Lunatic asylums Madras 1892-1911 - 1892-1911
Year: 1892
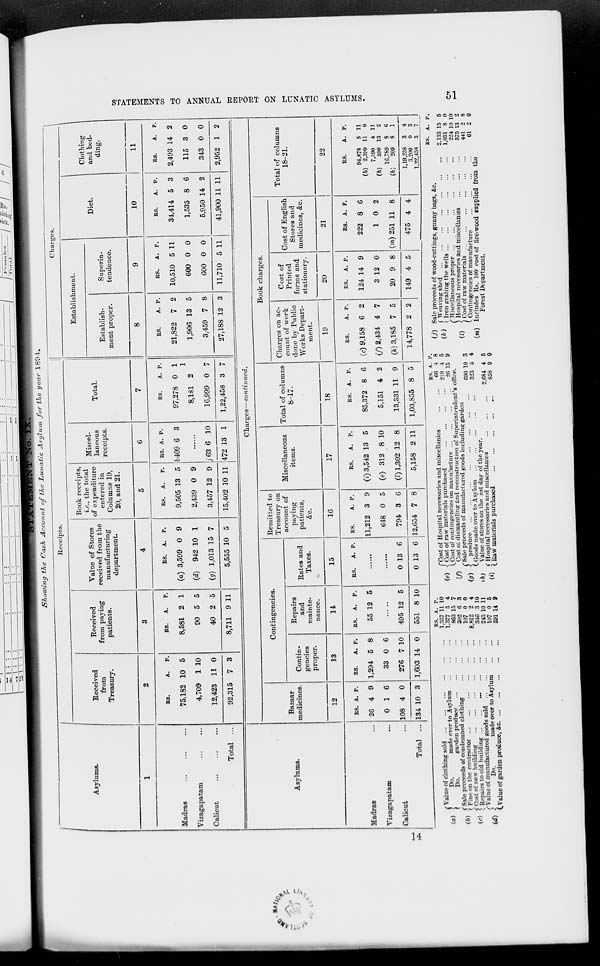
-I /^j es - /*/*7 i :/
c
■
<
r~.
Showing the Cash Account of the Lunatic Asylum for the year 1894.
Receipts.
Asylums.
Received
from
Treasury.
Received
from paying
patients.
Value of Stores
received from the
manufacturing
department.
4
Book receipts,
i.e., the total
of expenditure
entered in
Columns 19,
20, and 21.
Miscel-
laneous
receipts.
Total.
Charges.
Establishment.
Establish-
ment proper.
8
Superin-
tendence.
9
Diet.
10
Clothing
and bed-
ding.
11
Madras
Yizagapatam
Calicut
Total
ES.
A.
P.
75,182 10 5
4,709 1 10
12,423 11 0
92,315
Es.
A.
P.
8,581 2 1
90 5 5
40 2 5
8,711 9 11
ES.
A.
P.
(a) 3,599 0 9
(d) 942 10 1
(g) 1,013 15 7
5,555 10 5
ES. A.
P.
9,505 13 5
2,439 0 9
3,457 12 9
ES. A. P.
6409 6 3
j63 6 10
15,402 10 11 472 13 1
ES.
A. P.
97,278 0 1
1
8,131 2
16,999 0 7
1,22,458 3 7
ES.
A. P.
21,822 7 2
1,906 13 5
3,459 7 8
27,188 12 3
ES.
A. P.
10,510 5 11
600 0 0
600 0 0
11,710 5 11
ES.
A. P.
34,414 5 3
1,535 8 6
5,950 14 2
41,900 11 11
ES.
A. P.
2,493 14 2
115 3 0
343 0 0
2,952 1 2
Asylums.
Charges—continued.
Bazaar
medicines.
12
Contingencies.
Contin-
gencies
proper.
13
Repairs
and
mainte-
nance.
14
Rates and
Taxes.
15
Remitted to
Treasury on
account of
paying
patients,
&c.
16
Miscellaneous
items.
17
Total of columns
8-17.
18
Book charges.
Charges on ac-
count of work
done by Public
Works Depart-
ment.
19
Cost of
Printed
forms and
stationery.
20
Cost of English
Stores and
medicines, &c.
21
Total of columns
18-21.
22
Madras
Yizagapatam
Calicut
Total
BS. A. p.
26 4 9
0 1 6
108 4 0
134 10 3
ES.
A. P.
1,294 5 8
33 0 6
276 7 10
1,603 14 0
ES.
P.
55 12 5
495 12 5
551 8 10
ES.
A. P.
0 13 6
0 13 6
ES.
A. p.
11,212 3 9
648 0 5
794 3 6
12,654 7 8
ES.
P.
(t) 3,542 13 5
(e) 312 8 10
(I) 1,302 12 8
5,158 2 11
ES. A. P.
85,372 8 6
5,151 4 2
13,331 11 9
1,03,855 8 5
ES.
A. P.
(c) 9,158 6 2
(/) 2,434 4 7
(fc) 3,185 7 5
14,778 2 2
ES. A. P.
124 14 9
3 12 0
20 9 8
149 4 5
Es. A. P.
222 8 6
10 2
(TO) 251 11 8
475 4 4
ES.
A. p.
(70
94,878
2,399
5
11
11
0
(h)
7,590
590
4
13
11
2
(ftj
16.7S9
209
S
8
6
1
1,19,258 3
3,2(10
0
1,22,458
3
(a)
Do.
"made over to Asylum
( Value of clothing sold
Do.
made
f
Do.
garden produce
(h * < Sale proceeds of condemned clothing
' ' ( Fine on the contractor
( i f Cost of ne«" building
; Repairs to old building
rValueof manufactured goods sold
{d) -s
Do.
made over to Asylum
(.Value of garden produce, &c
ES. K. p.
1,357 11 10
1.377 5 4
863 15 1
3(12 6 3
107 0 0
8,812 2 4
345 3 10
243 10 11
107 0 6
591 14 9
(«)
if)
iff)
Hi
1'Oost of Hospital necessaries and miscellanies
-; Cost of raw materials purchased
KS. A.
66 4
219 4
CCost of contingencies on manufacture
26 15
Cost ol dismantling and reconstruction of Superintendent's office.
("Sale proceeds of manufactured goods including garden
690 10
323 li
< produce
(.Gc Goods made over to Asylum
Value of stores on the ast day of the year.
t Hospital necessaries and miscellanies
\ Raw materials purchased
2,684
858
(j) Sale proceeds of wood-cuttings, gunny bags, &c
(k) $ " living shed
v ' (Iron grating the wells ...
..'.
!Miscellaneous proper ...
.".
""
Hospital necessaries and miscellanies
Cost of raw materials
Contingencies of manufacture
(m) Includes Rs. 100 cost of fire-wood supplied from the
Forest Department.
ES. A. P.
2.133 15 5
1,051 8 0
224 10 10
575 13 2
441 2 8
61 2 0
xn
"-5
>
|
H
Szj
►3
xn
O
>-
a
>
w
o
►3
O
Cl
H
o
w
K!
fi
K
GO
Or